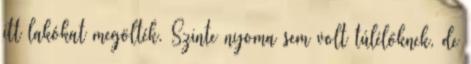
itt lakókat megölték. Szinte nyoma sem volt túlélőknek, de